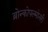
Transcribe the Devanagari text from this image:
ब्रोन्कोपल्मोनरी